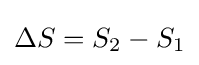
\Delta S=S_{2}-S_{1}